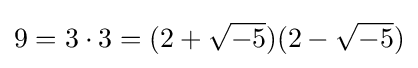
9=3\cdot 3=(2+{\sqrt {-5}})(2-{\sqrt {-5}})